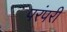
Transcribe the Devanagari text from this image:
परंपरी